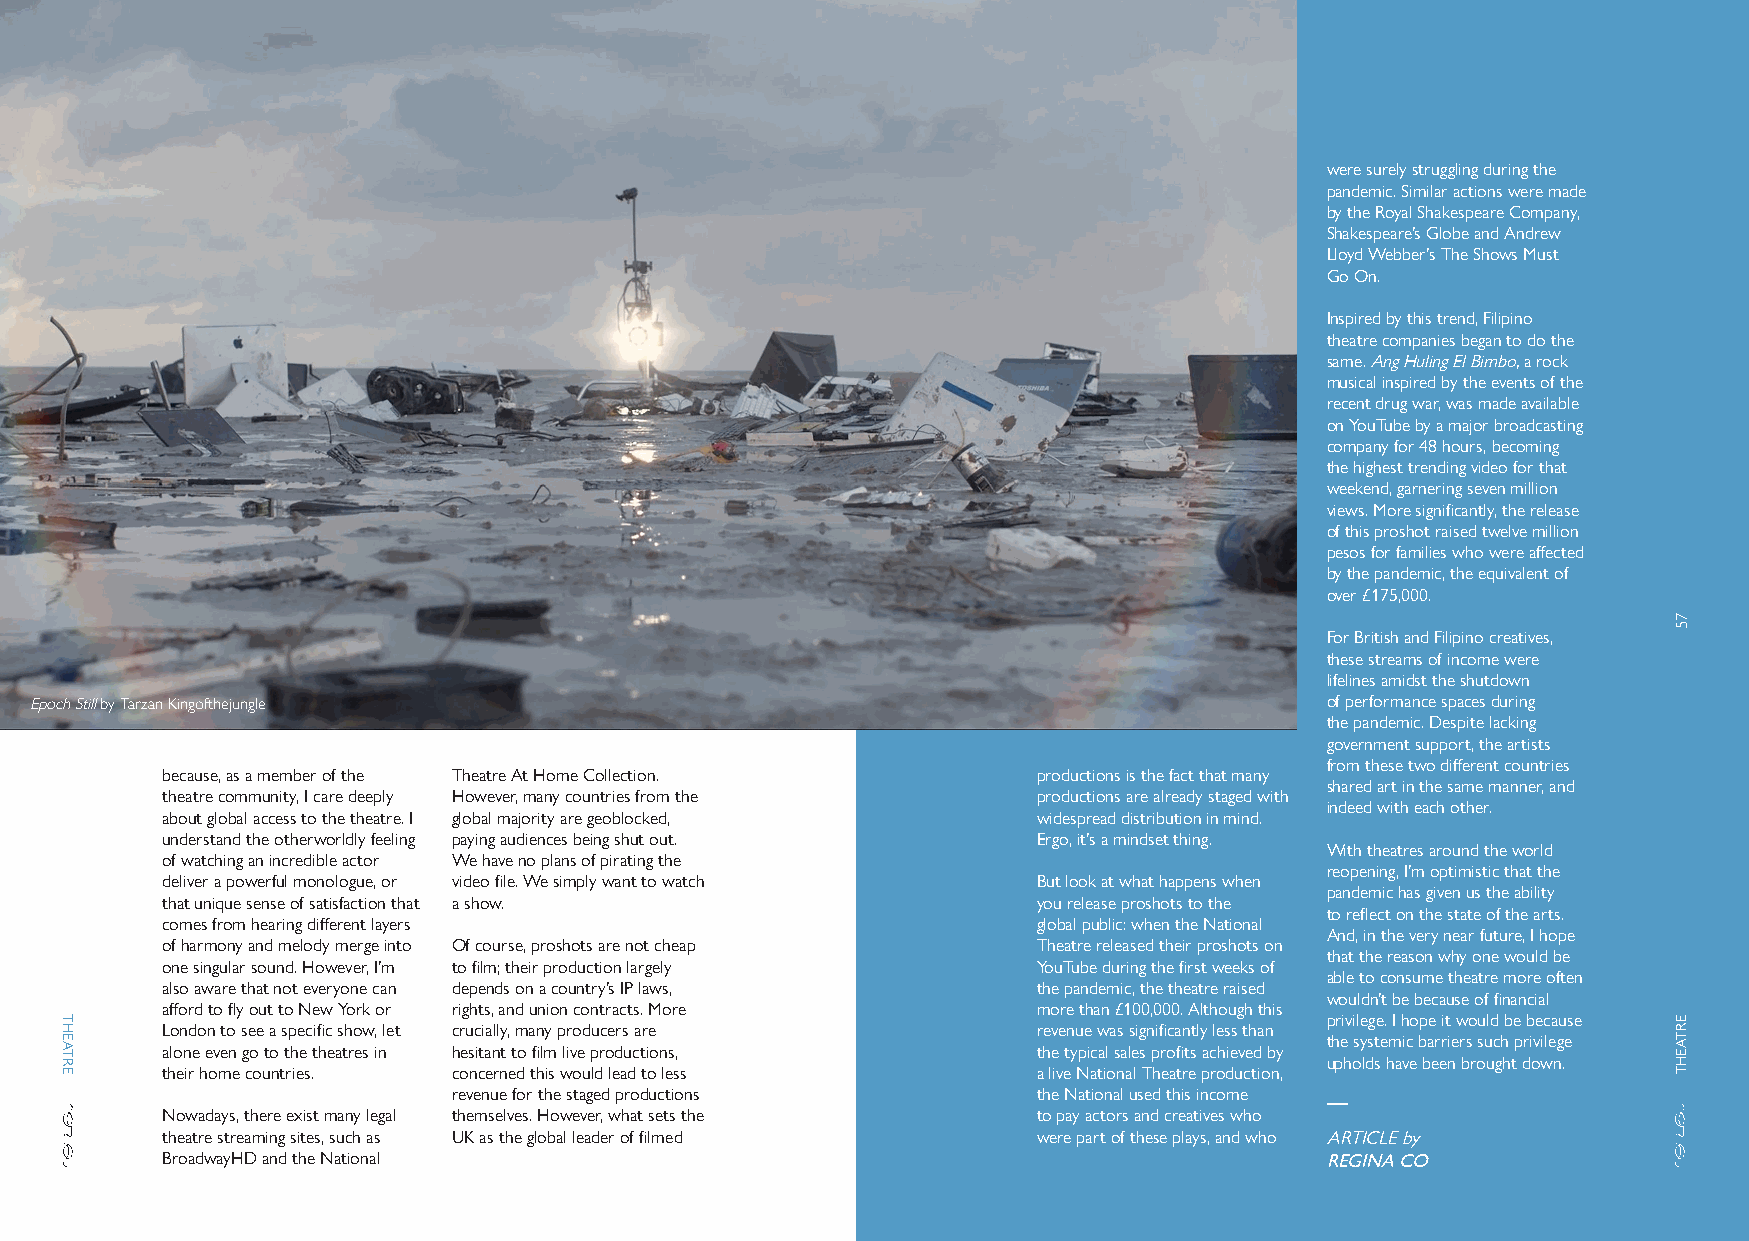
were surely struggling during the
 pandemic. Similar actions were made
 by the Royal Shakespeare Company,
 Shakespeare’s Globe and Andrew
 Lloyd Webber’s The Shows Must
 Go On.
 Inspired by this trend, Filipino
 theatre companies began to do the
 same. Ang Huling El Bimbo, a rock
 musical inspired by the events of the
 recent drug war, was made available
 on YouTube by a major broadcasting
 company for 48 hours, becoming
 the highest trending video for that
 weekend, garnering seven million
 views. More significantly, the release
 of this proshot raised twelve million
 pesos for families who were affected
 by the pandemic, the equivalent of
 over £175,000.
 For British and Filipino creatives,
 these streams of income were
 lifelines amidst the shutdown
 Epoch Still by Tarzan Kingofthejungle                                                 of performance spaces during
 the pandemic. Despite lacking
 government support, the artists
 from these two different countries
 because, as a member of the Theatre At Home Collection.   productions is the fact that many
 shared art in the same manner, and
 theatre community, I care deeply However, many countries from the productions are already staged with
 indeed with each other.
 about global access to the theatre. I global majority are geoblocked, widespread distribution in mind.
 understand the otherworldly feeling paying audiences being shut out. Ergo, it’s a mindset thing.
 With theatres around the world
 of watching an incredible actor We have no plans of pirating the
 reopening, I’m optimistic that the
 deliver a powerful monologue, or video file. We simply want to watch But look at what happens when
 pandemic has given us the ability
 that unique sense of satisfaction that a show.            you release proshots to the
 to reflect on the state of the arts.
 comes from hearing different layers                       global public: when the National
 And, in the very near future, I hope
 of harmony and melody merge into Of course, proshots are not cheap Theatre released their proshots on
 that the reason why one would be
 one singular sound. However, I’m to film; their production largely YouTube during the first weeks of
 able to consume theatre more often
 also aware that not everyone can depends on a country’s IP laws, the pandemic, the theatre raised
 wouldn’t be because of financial
 afford to fly out to New York or rights, and union contracts. More more than £100,000. Although this
 privilege. I hope it would be because
 London to see a specific show, let crucially, many producers are revenue was significantly less than
 the systemic barriers such privilege
 alone even go to the theatres in hesitant to film live productions, the typical sales profits achieved by
 upholds have been brought down.
 their home countries. concerned this would lead to less   a live National Theatre production,
 revenue for the staged productions     the National used this income
 Nowadays, there exist many legal themselves. However, what sets the to pay actors and creatives who
 theatre streaming sites, such as UK as the global leader of filmed were part of these plays, and who ARTICLE by
 BroadwayHD and the National                                                  REGINA CO
 56
 THEATRE
 75
 ERTAEHT